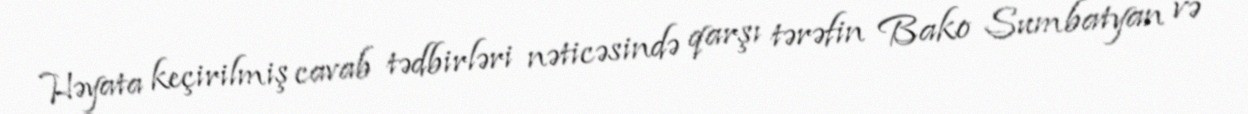
Həyata keçirilmiş cavab tədbirləri nəticəsində qarşı tərəfin Bako Sumbatyan və